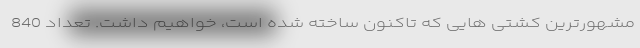
مشهورترین کشتی هایی که تاکنون ساخته شده است، خواهیم داشت. تعداد 840